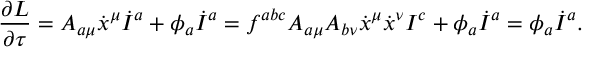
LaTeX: \frac { \partial L } { \partial \tau } = A _ { a \mu } \dot { x } ^ { \mu } \dot { I } ^ { a } + \phi _ { a } \dot { I } ^ { a } = f ^ { a b c } A _ { a \mu } A _ { b \nu } \dot { x } ^ { \mu } \dot { x } ^ { \nu } I ^ { c } + \phi _ { a } \dot { I } ^ { a } = \phi _ { a } \dot { I } ^ { a } .